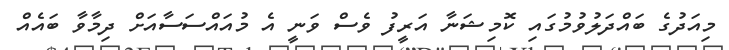
މިއަދުގެ ބައްދަލުވުމުގައި ކޮމިޝަނާ އަރީފު ވެސް ވަނީ އެ މުއައްސަސާއަށް ދިމާވާ ބައެއް